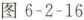
图6-2-16